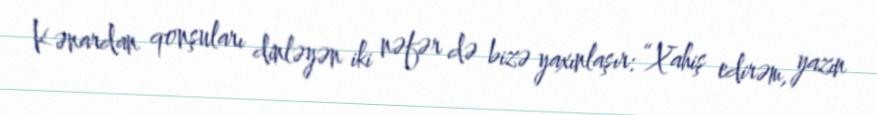
Kənardan qonşuları dinləyən iki nəfər də bizə yaxınlaşır: “Xahiş edirəm, yazın